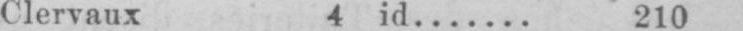
Clervaux 4 id....... 210